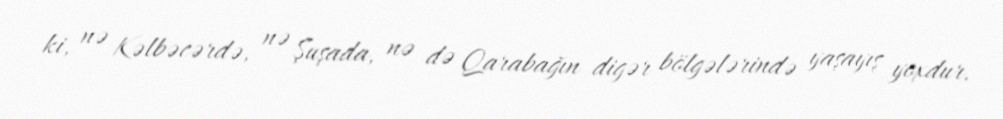
ki, nə Kəlbəcərdə, nə Şuşada, nə də Qarabağın digər bölgələrində yaşayış yoxdur.